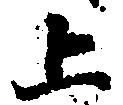
上